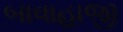
બાવાહાજી